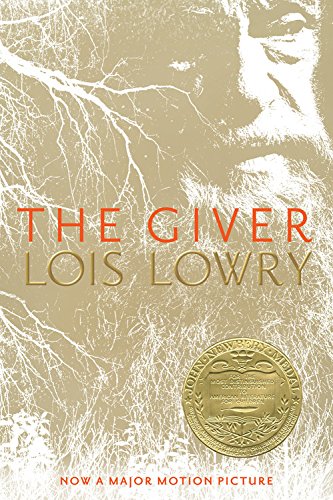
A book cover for The Giver (Giver Quartet); Lois Lowry; Teen & Young Adult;